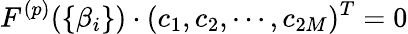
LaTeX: F^{(p)}(\{ \beta_{i}\} )\cdot(c_{1},c_{2},\cdots,c_{2M})^{T}=0